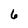
Character: 6